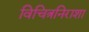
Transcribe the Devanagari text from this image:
विचित्रनिराशा